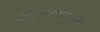
લોઇયાનગાલાનીની